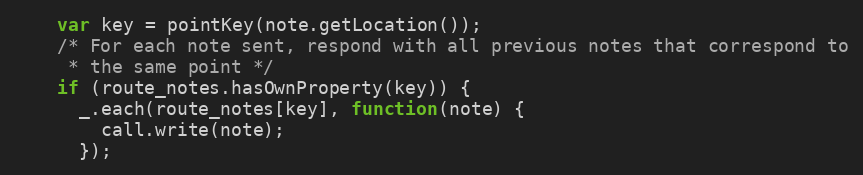
Language: JavaScript
    var key = pointKey(note.getLocation());
    /* For each note sent, respond with all previous notes that correspond to
     * the same point */
    if (route_notes.hasOwnProperty(key)) {
      _.each(route_notes[key], function(note) {
        call.write(note);
      });